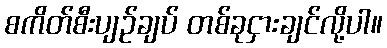
စကိတ်စီးပျဉ်ချပ် တစ်ခုငှားချင်လို့ပါ။